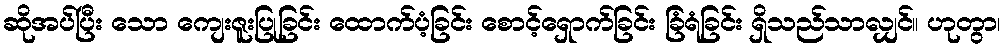
ဆိုအပ်ပြီး သော ကျေးဇူးပြုခြင်း ထောက်ပံ့ခြင်း စောင့်ရှောက်ခြင်း ခြံရံခြင်း ရှိသည်သာလျှင်။ ဟုတွာ၊